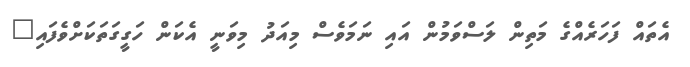
އެތައް ފަހަރެއްގެ މަތިން ލަސްވަމުން އައި ނަމަވެސް މިއަދު މިވަނީ އެކަން ހަގީގަތަކަށްވެފައި"